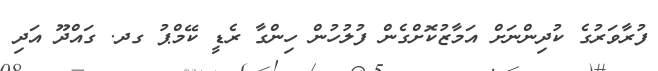
ފުރާވަރުގެ ކުދިިންނަށް އަމާޒުކޮށްގެން ފުލުހުން ހިންގާ ރެޑީ ކޭމްޕު ގދ. ގައްދޫ އަދި